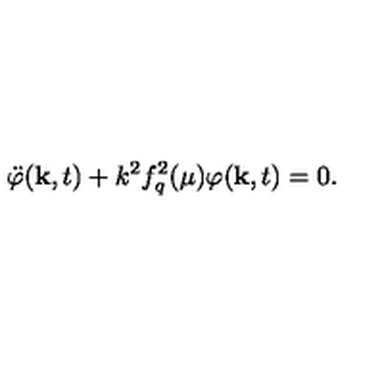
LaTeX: \ddot { \varphi } ( \mathrm { \bf k } , t ) + k ^ { 2 } f _ { q } ^ { 2 } ( \mu ) \varphi ( \mathrm { \bf k } , t ) = 0 .